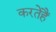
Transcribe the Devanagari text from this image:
करतेहैं